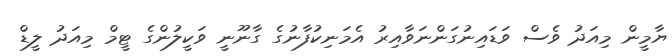
ޔާމީން މިއަދު ވެސް ވަޑައިނުގަންނަވާއިރު އެމަނިކުފާނުގެ ގާނޫނީ ވަކީލުންގެ ޓީމް މިއަދު ލީޑް